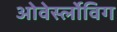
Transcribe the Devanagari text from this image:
ओवेर्स्लोविग